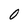
Character: 0